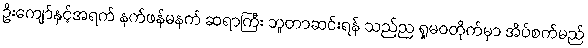
ဦးကျော်နှင့်အရက် နက်ဖန်မနက် ဆရာကြီး ဘူတာဆင်းရန် သည်ည ရှုမဝတိုက်မှာ အိပ်စက်မည်